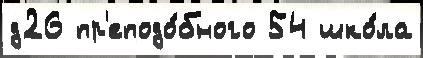
д26 пр'еподо́бного 54 шко́ла